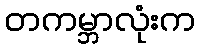
တကမ္ဘာလုံးက